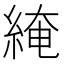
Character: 𦁏